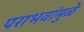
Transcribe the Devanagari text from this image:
पराभवांमुळे